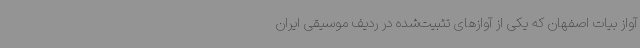
آواز بیات اصفهان که یکی از آوازهای تثبیت‌شده در ردیف موسیقی ایران